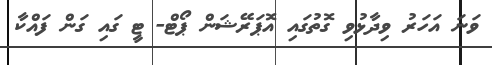
ވަނަ އަހަރު ވިދާޅުވި ގޮތުގައި އޮޕަރޭޝަން ޕޯޓް- ޓީ ގައި ގަން ފައްކާ